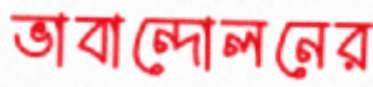
ভাবান্দোলনের